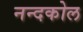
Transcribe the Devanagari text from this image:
नन्दकोल